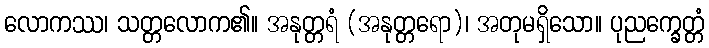
လောကဿ၊ သတ္တလောက၏။ အနုတ္တရံ (အနုတ္တရော)၊ အတုမရှိသော။ ပုညက္ခေတ္တံ